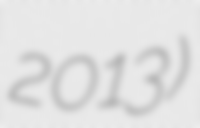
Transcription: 2013)